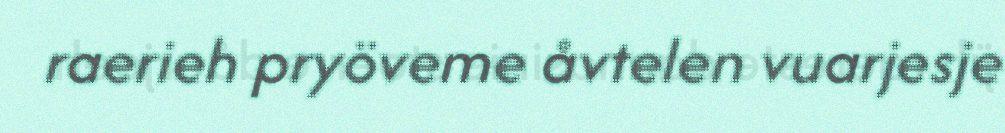
raerieh pryöveme åvtelen vuarjesje